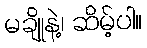
မချိုနဲ့၊ ဆိမ့်ပါ။